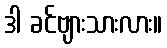
ဒါ ခင်ဗျားသားလား။